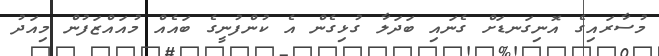
މުސާރައިގެ އޮނިގަނޑަށް ގެނައި ބަދަލާ ގުޅިގެން އެ ކުންފުނީގެ ބައެއް މުއައްޒަފުން މިއަދު